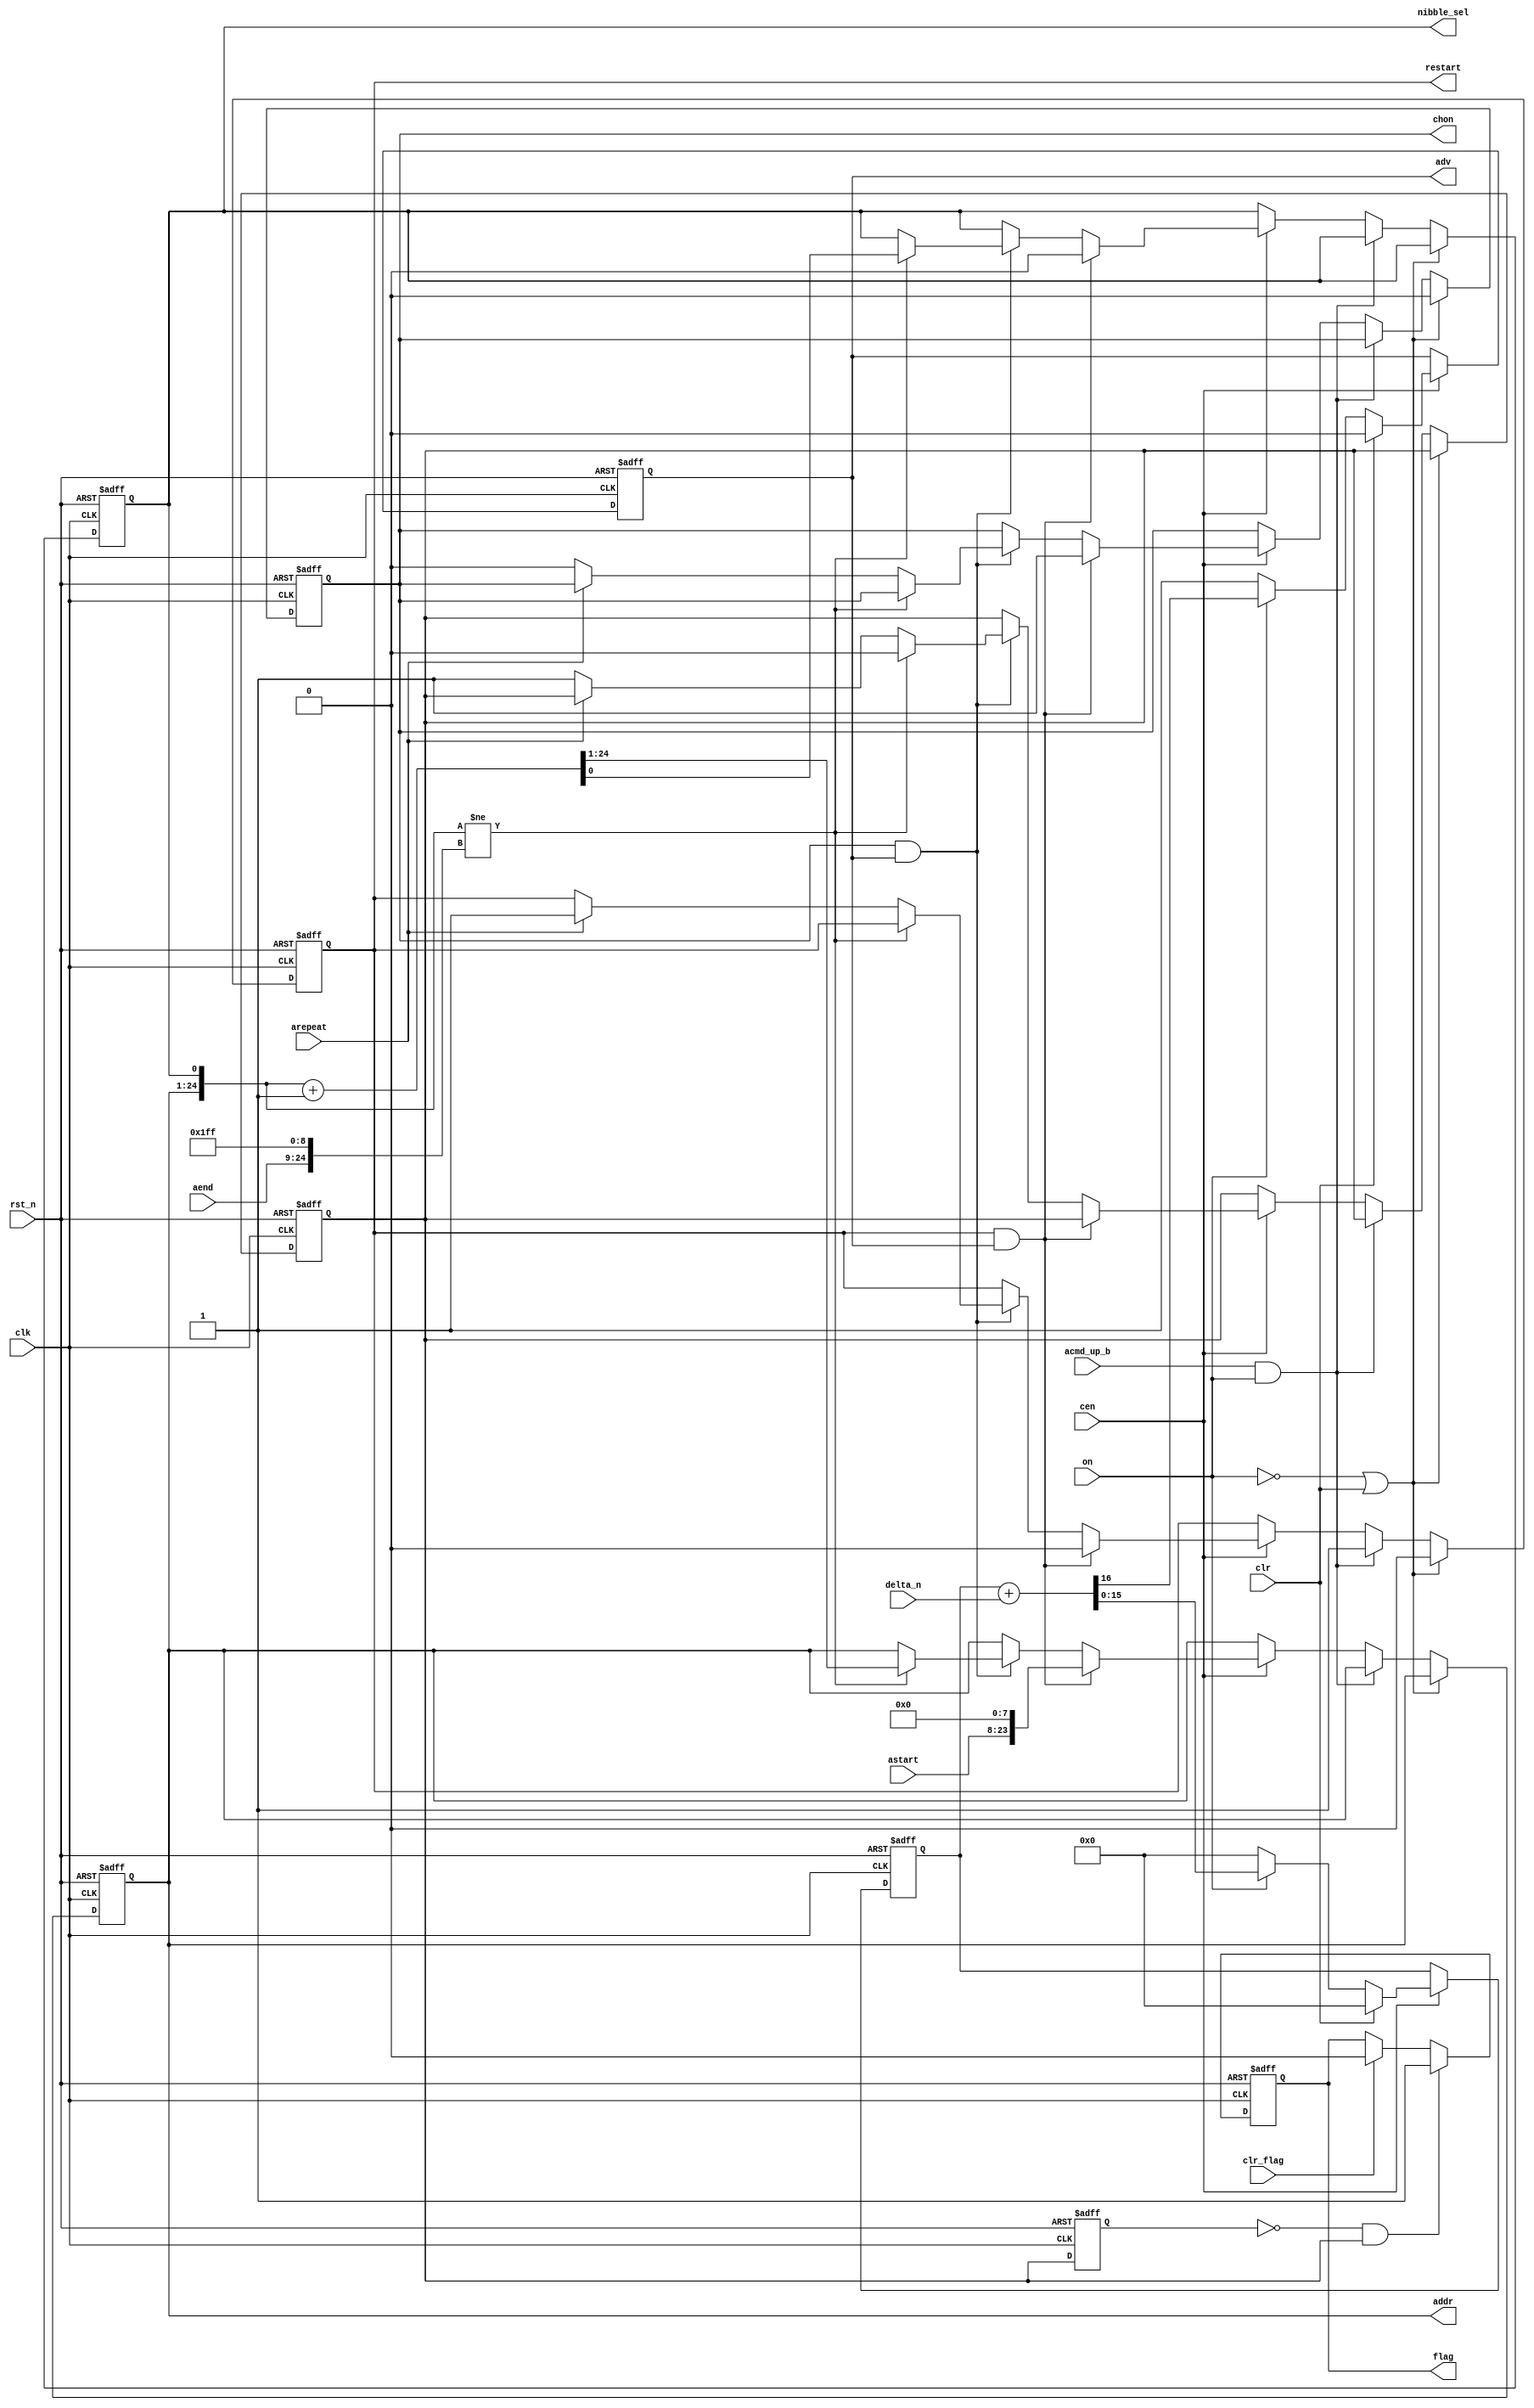
module jt10_adpcmb_cnt(
    input               rst_n,
    input               clk,    
    input               cen,    
    input   [15:0]      delta_n,
    input               clr,
    input               on,
    input               acmd_up_b,
    input       [15:0]  astart,
    input       [15:0]  aend,
    input               arepeat,
    output  reg [23:0]  addr,
    output  reg         nibble_sel,
    output  reg         chon,
    output  reg         flag,
    input               clr_flag,
    output  reg         restart,
    output  reg         adv
);
reg [15:0] cnt;
always @(posedge clk or negedge rst_n)
    if(!rst_n) begin
        cnt <= 'd0;
        adv <= 'b0;
    end else if(cen) begin
        if( clr) begin
            cnt <= 'd0;
            adv <= 'b0;
        end else begin
            if( on ) 
                {adv, cnt} <= {1'b0, cnt} + {1'b0, delta_n };
            else begin
                cnt <= 'd0;
                adv <= 1'b1; 
            end
        end
    end
reg set_flag, last_set;
always @(posedge clk or negedge rst_n)
    if(!rst_n) begin
        flag     <= 1'b0;
        last_set <= 'b0;
    end else begin
        last_set <= set_flag;
        if( clr_flag ) flag <= 1'b0;
        if( !last_set && set_flag ) flag <= 1'b1;
    end
always @(posedge clk or negedge rst_n)
    if(!rst_n) begin
        addr       <= 'd0;
        nibble_sel <= 'b0;
        set_flag   <= 'd0;
        chon       <= 'b0;
        restart    <= 'b0;
    end else if( !on || clr ) begin
        restart <= 'd0;
        chon <= 'd0;
    end else if( acmd_up_b && on ) begin
        restart <= 'd1;
    end else if( cen ) begin
        if( restart && adv ) begin
            addr <= {astart,8'd0};
            nibble_sel <= 'b0;
            restart <= 'd0;
            chon <= 'd1;
        end else if( chon && adv ) begin
            if( { addr, nibble_sel } != { aend, 8'hFF, 1'b1 } ) begin
                { addr, nibble_sel } <= { addr, nibble_sel } + 25'd1;
                set_flag <= 'd0;
            end else if(arepeat) begin
                restart <= 'd1;
            end else begin
                set_flag <= 'd1;
                chon <= 'd0;
            end
        end
    end 
endmodule